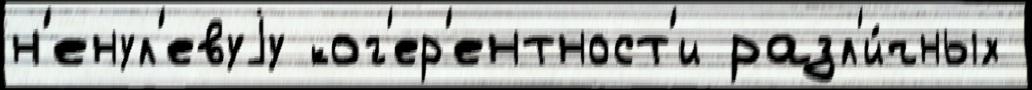
н'енул'евуjу ког'ер'ентност'и разл'и́чных